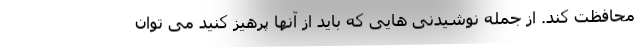
محافظت کند. از جمله نوشیدنی هایی که باید از آنها پرهیز کنید می توان